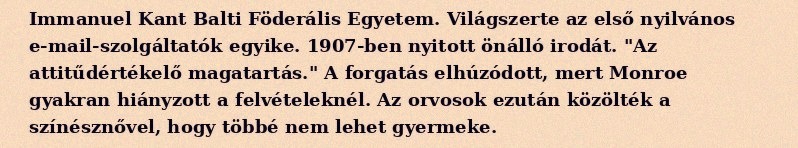
Immanuel Kant Balti Föderális Egyetem. Világszerte az első nyilvános e-mail-szolgáltatók egyike. 1907-ben nyitott önálló irodát. "Az attitűdértékelő magatartás." A forgatás elhúzódott, mert Monroe gyakran hiányzott a felvételeknél. Az orvosok ezután közölték a színésznővel, hogy többé nem lehet gyermeke.